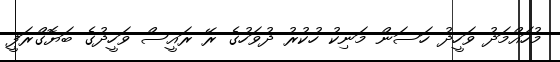
މުހައްމަދު ވަހީދު ހަސަން މަނިކު ހުކުރު ދުވަހުގެ ރޭ ރައީސް ވަހީދުގެ ބަޔޮގްރަފީ